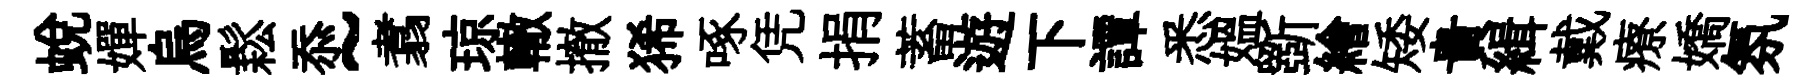
蜕嬋烏鬆忝~翥琼轍撤狶啄凭捐蓄遊下譚悉媪斵繪矮貴緝戴療嬌氛